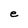
Character: e